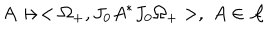
LaTeX: A \mapsto < \Omega _ { + } , J _ { 0 } A ^ { \ast } J _ { 0 } \Omega _ { + } > , \, \, A \in \mathcal { A }